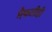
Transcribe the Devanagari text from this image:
मैफलीही